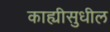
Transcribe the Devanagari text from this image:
काह्यीसुधील